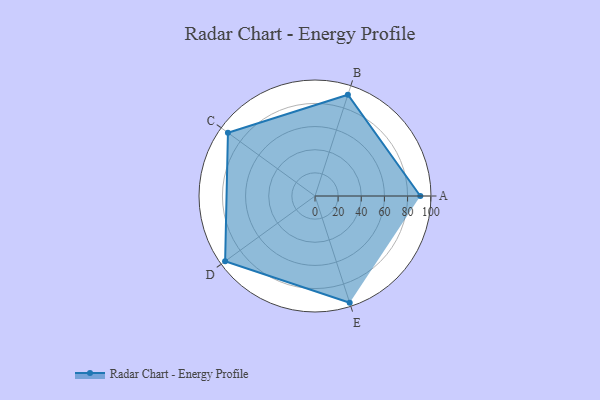
{"axis": {"x": "Skill", "y": "Score"}, "legend": ["Profile"], "data": [{"x": "A", "y": 91.0, "type": "Profile"}, {"x": "B", "y": 92.0, "type": "Profile"}, {"x": "C", "y": 93.0, "type": "Profile"}, {"x": "D", "y": 96.0, "type": "Profile"}, {"x": "E", "y": 97.0, "type": "Profile"}]}